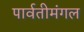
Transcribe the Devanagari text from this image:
पार्वतीमंगल